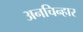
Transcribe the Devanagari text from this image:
अनचिन्हार